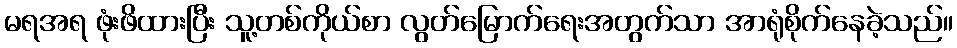
မရအရ ဖုံးဖိထားပြီး သူ့တစ်ကိုယ်စာ လွတ်မြောက်ရေးအတွက်သာ အာရုံစိုက်နေခဲ့သည်။